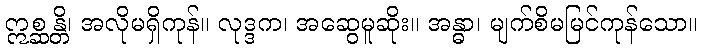
ဣစ္ဆန္တိ၊ အလိုမရှိကုန်။ လုဒ္ဒက၊ အဆွေမူဆိုး။ အန္ဓာ၊ မျက်စိမမြင်ကုန်သော။